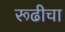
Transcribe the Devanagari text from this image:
रूढीचा